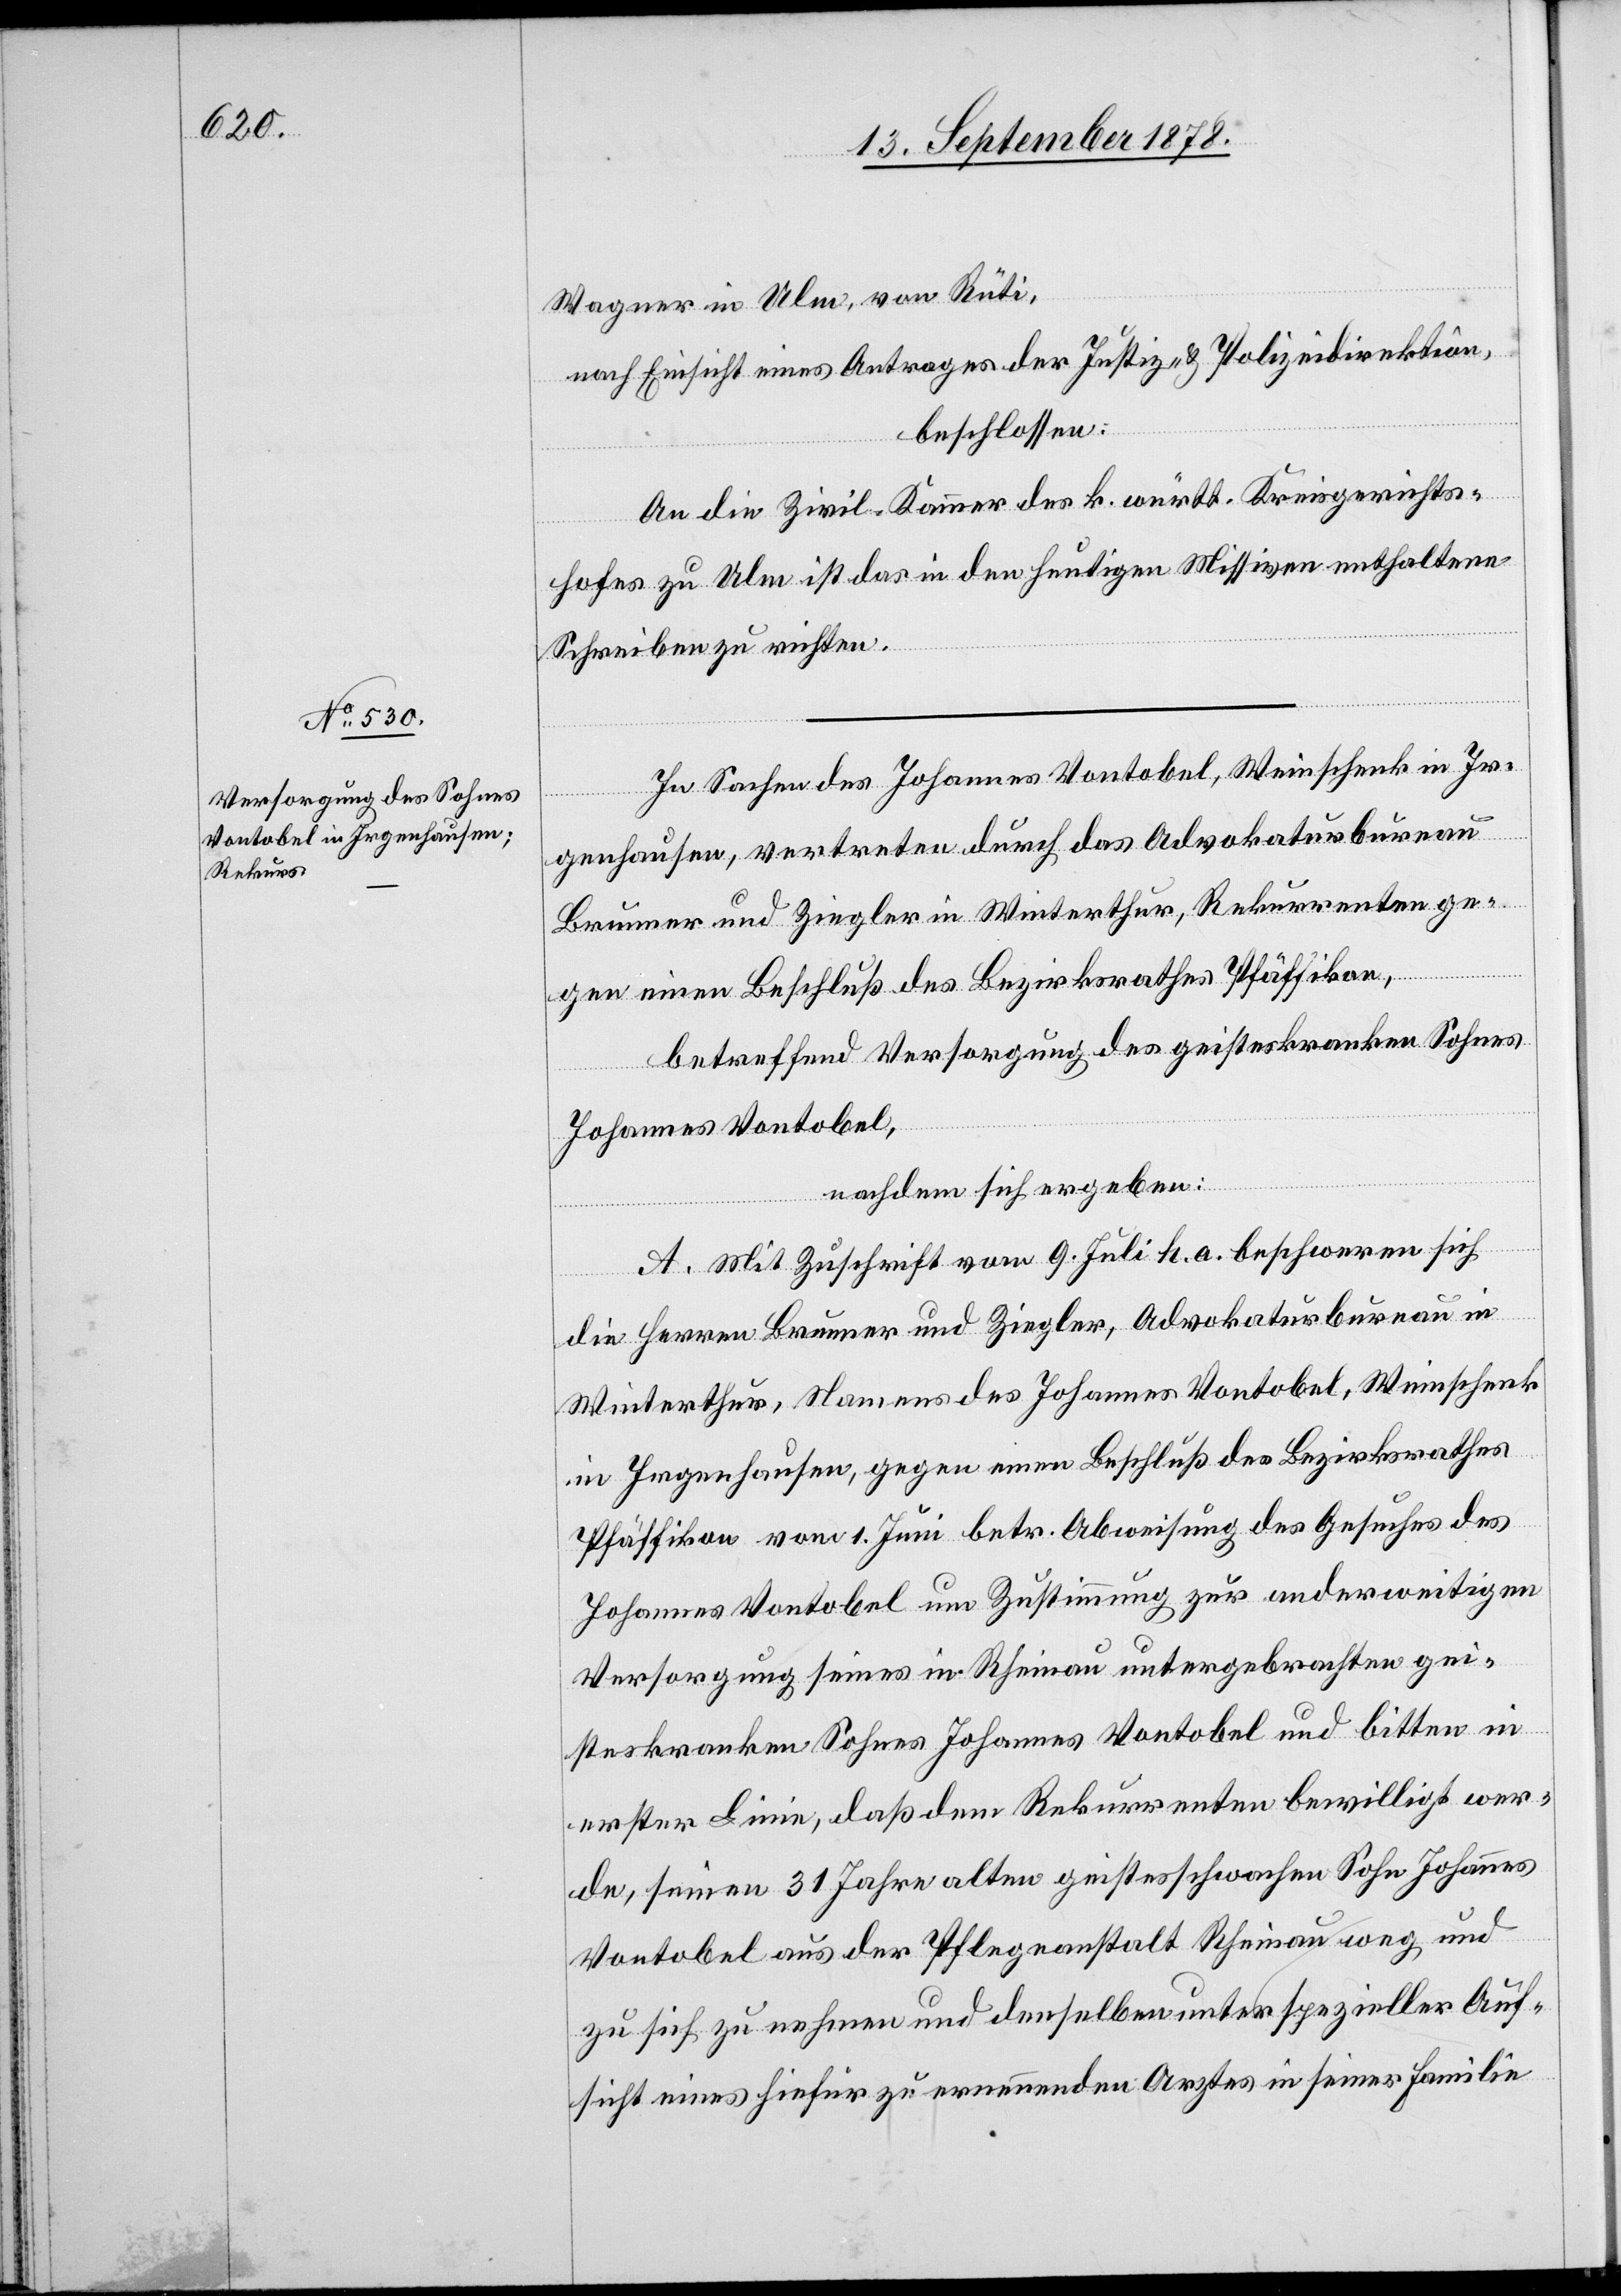
Wagner in Ulm, von Rüti,
nach Einsicht eines Antrages der Justiz- & Polizeidirektion,
beschlossen:
An die Zivil-Kammer des k. württ. Kreisgerichts¬
hofes zu Ulm ist das in den heutigen Missiven enthaltene
Schreiben zu richten.
In Sachen des Johannes Vontobel, Weinschenk in Ir¬
genhausen, vertreten durch das Advokaturbureau
Brunner und Ziegler in Winterthur, Rekurrenten ge¬
gen einen Beschluß des Bezirksrathes Pfäffikon,
betreffend Versorgung des geisteskranken Sohnes
Johannes Vontobel,
nachdem sich ergeben:
A. Mit Zuschrift vom 9. Juli h. a. beschweren sich
die Herren Brunner und Ziegler, Advokaturbureau in
Winterthur, Namens des Johannes Vontobel, Weinschenk
in Irgenhausen, gegen einen Beschluß des Bezirksrathes
Pfäffikon vom 1. Juni betr. Abweisung des Gesuches des
Johannes Vontobel um Zustimmung zur anderweitigen
Versorgung seines in Rheinau untergebrachten gei¬
steskranken Sohnes Johannes Vontobel und bitten in
erster Linie, daß dem Rekurrenten bewilligt wer¬
de, seinen 31 Jahre alten geistesschwachen Sohn Johannes
Vontobel aus der Pflegeanstalt Rheinau weg, und
zu sich zu nehmen und denselben unter spezieller Auf¬
sicht eines hiefür zu ernennenden Arztes in seiner Familie